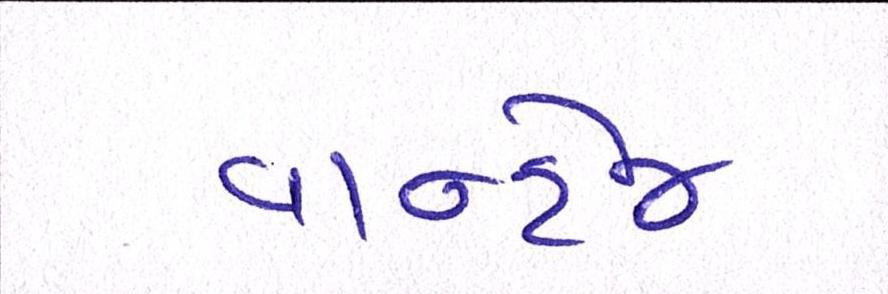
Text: વાન્ટેજ